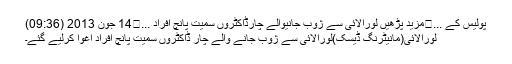
پولیس کے ...	مزید پڑھیں لورالائی سے ژوب جانیوالے چارڈاکٹروں سمیت پانچ افراد ...	14 جون 2013 (09:36)
لورالائی(مانیٹرنگ ڈیسک)لورالائی سے ژوب جانے والے چار ڈاکٹروں سمیت پانچ افراد اغوا کرلیے گئے۔